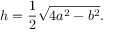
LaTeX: h = { \frac { 1 } { 2 } } { \sqrt { 4 a ^ { 2 } - b ^ { 2 } } } .